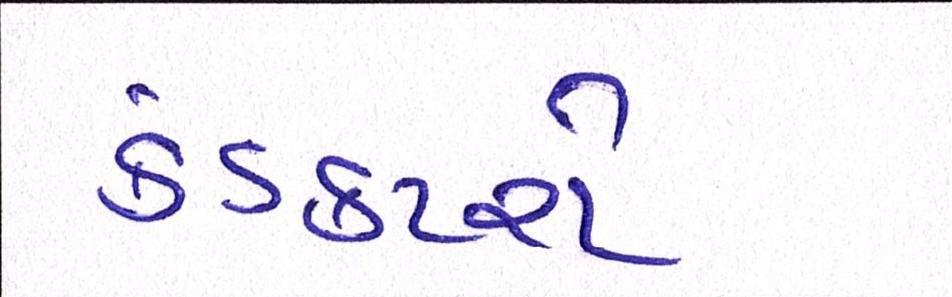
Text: કંડકટરો